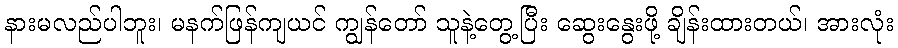
နားမလည်ပါဘူး၊ မနက်ဖြန်ကျယင် ကျွန်တော် သူနဲ့တွေ့ပြီး ဆွေးနွေးဖို့ ချိန်းထားတယ်၊ အားလုံး